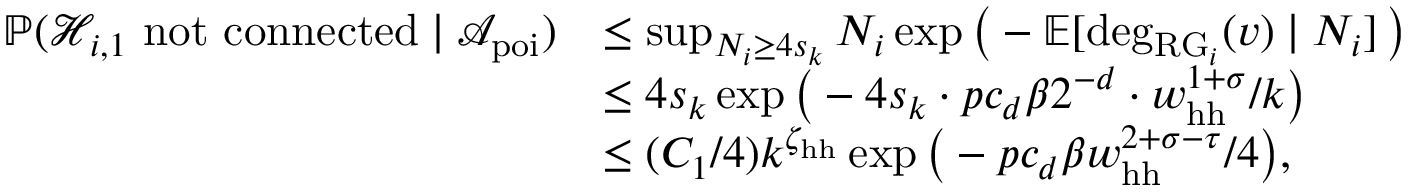
\begin{array} { r l } { \mathbb { P } ( { \mathcal H } _ { i , 1 } \mathrm { ~ n o t ~ c o n n e c t e d } \mid { \mathcal A } _ { \mathrm { p o i } } ) } & { \le \operatorname* { s u p } _ { N _ { i } \ge 4 s _ { k } } N _ { i } \exp \big ( - \mathbb E [ \deg _ { \mathrm { R G } _ { i } } ( v ) \mid N _ { i } ] \, \big ) } \\ & { \le 4 s _ { k } \exp \big ( - 4 s _ { k } \cdot p c _ { d } \beta 2 ^ { - d } \cdot w _ { \mathrm { h h } } ^ { 1 + \sigma } / k \big ) } \\ & { \le ( C _ { 1 } / 4 ) k ^ { \zeta _ { \mathrm { h h } } } \exp \big ( - p c _ { d } \beta w _ { \mathrm { h h } } ^ { 2 + \sigma - \tau } / 4 \big ) , } \end{array}